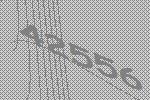
42556